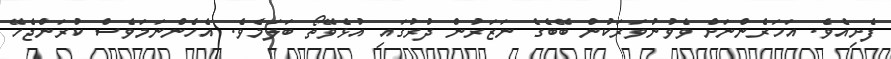
ފެށިއެވެ. އަހަރެންނަށް ވެވުނުވަރަކުން ބޭބެގެ ނަޒަރުން ދުރުގައި އުޅެވޭތޯ ބަލަމެވެ. އެހެންނަމަވެސް ކުރަންޖެހޭ